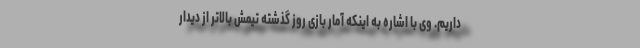
داریم. وی با اشاره به اینکه آمار بازی روز گذشته تیمش بالاتر از دیدار